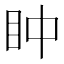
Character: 𥄡